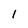
Character: 1